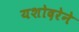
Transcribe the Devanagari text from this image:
यशोदरेने